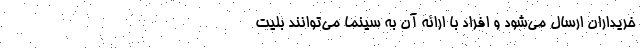
خریداران ارسال می‌شود و افراد با ارائه آن به سینما می‌توانند بلیت